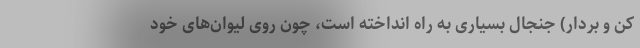
کن و بردار) جنجال بسیاری به راه انداخته است، چون روی لیوان‌های خود